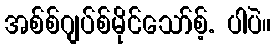
အစ်စ်ဂျပ်စ်မိုင်သော်စ့်. ပါပဲ။